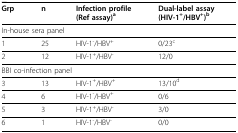
| Grp | n | Infection profile(Ref assay)a | Dual-label assay(HIV-1+/HBV+)b |
 | --- | --- | --- | --- |
 | <COLSPAN=4> In-house sera panel |
 | 1 | 25 | HIV-1-/HBV+ | 0/23c |
 | 2 | 12 | HIV-1+/HBV- | 12/0 |
 | <COLSPAN=4> BBI co-infection panel |
 | 3 | 13 | HIV-1+/HBV+ | 13/10d |
 | 4 | 6 | HIV-1-/HBV+ | 0/6 |
 | 5 | 3 | HIV-1+/HBV- | 3/0 |
 | 6 | 1 | HIV-1-/HBV- | 0/0 |